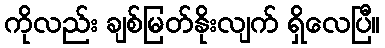
ကိုလည်း ချစ်မြတ်နိုးလျက် ရှိလေပြီ။